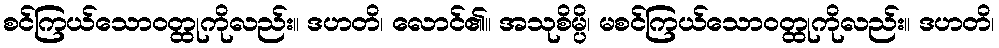
စင်ကြယ်သောဝတ္ထုကိုလည်း။ ဒဟတိ၊ လောင်၏။ အသုစိမ္ပိ၊ မစင်ကြယ်သောဝတ္ထုကိုလည်း။ ဒဟတိ၊